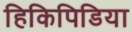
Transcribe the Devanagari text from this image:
हिकिपिडिया